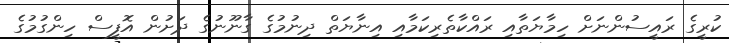
ކުރީގެ ރައީސުންނަށް ހިމާޔަތާއި ރައްކާތެރިކަމާއި އިނާޔަތް ދިނުމުގެ ގާނޫނުގެ ދަށުން އޮފީސް ހިންގުމުގެ